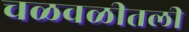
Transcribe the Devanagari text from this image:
चळवळीतली